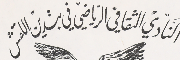
النَادي الثقافي الرياضي في بتدين اللقش